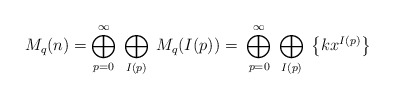
\begin{align*}M_q (n)= \bigoplus_{p=0}^{\infty}\;\bigoplus_{I(p)}\; M_q (I(p))=\;\bigoplus_{p=0}^{\infty}\;\bigoplus_{I(p)}\; \left\{ kx^{I(p)}\right\}\end{align*}